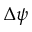
\Delta \psi